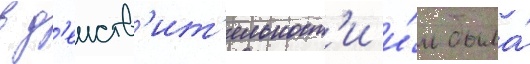
в д'еиств'ит'ельност'и и́м была́